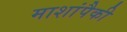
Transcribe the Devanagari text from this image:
माशांपैकी